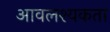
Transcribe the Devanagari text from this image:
आवलश्यकता